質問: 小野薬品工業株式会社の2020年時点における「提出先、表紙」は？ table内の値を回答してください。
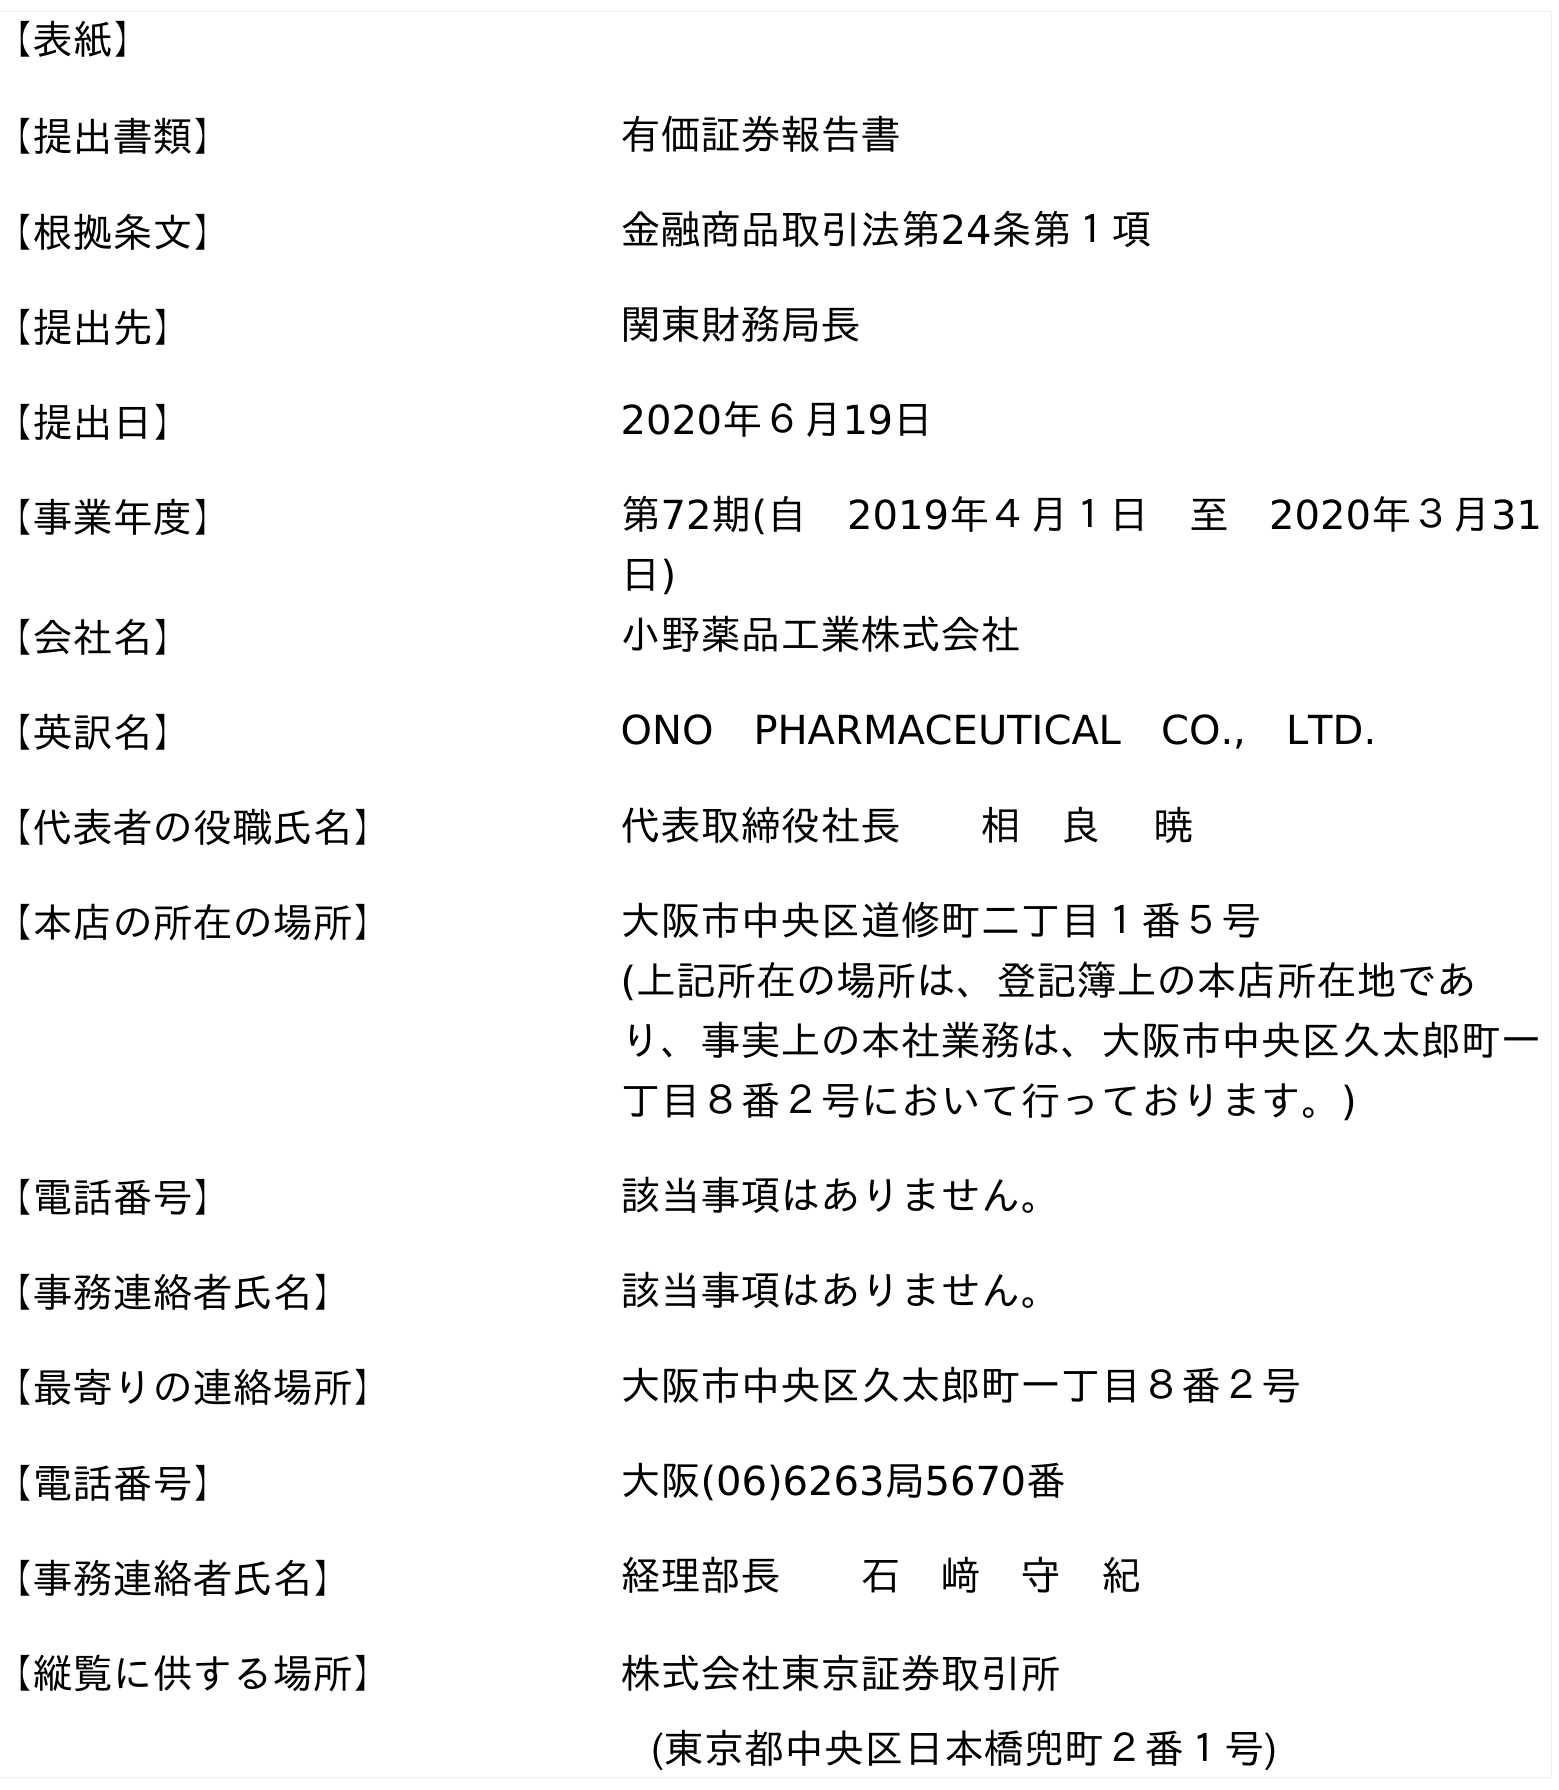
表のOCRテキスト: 【表紙】 【提出書類】 有価証券報告書 【根拠条文】 金融商品取引法第24条第１項 【提出先】 関東財務局長 【提出日】 2020年６月19日 【事業年度】 第72期(自 2019年４月１日 至 2020年３月31 日) 【会社名】 小野薬品工業株式会社 【英訳名】 ONO PHARMACEUTICAL CO., LTD. 【代表者の役職氏名】 代表取締役社長  相 良  暁 【本店の所在の場所】 大阪市中央区道修町二丁目１番５号 (上記所在の場所は、登記簿上の本店所在地であ り、事実上の本社業務は、大阪市中央区久太郎町一 丁目８番２号において行っております。) 【電話番号】 該当事項はありません。 【事務連絡者氏名】 該当事項はありません。 【最寄りの連絡場所】 大阪市中央区久太郎町一丁目８番２号 【電話番号】 大阪(06)6263局5670番 【事務連絡者氏名】 経理部長  石 﨑 守 紀 【縦覧に供する場所】 株式会社東京証券取引所 (東京都中央区日本橋兜町２番１号)
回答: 関東財務局長